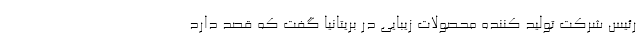
رئیس شرکتِ تولید کننده محصولات زیبایی در بریتانیا گفت که قصد دارد